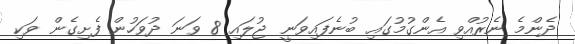
ދެންމެ ނެރުއްވި އެންގުމުގައި ބުނެފައިވަނީ ޖުލައި 8 ވަނަ ދުވަހުން ފެށިގެން ވަކި